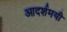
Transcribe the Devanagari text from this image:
आदर्शमयी